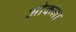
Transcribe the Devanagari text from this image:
ओकला